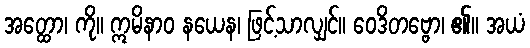
အတ္ထော၊ ကို။ ဣမိနာဝ နယေန၊ ဖြင့်သာလျှင်။ ဝေဒိတဗ္ဗော၊ ၏။ အယံ